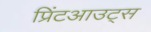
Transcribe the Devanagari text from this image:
प्रिंटआउट्स